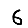
Digit: 6